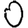
Digit: 0